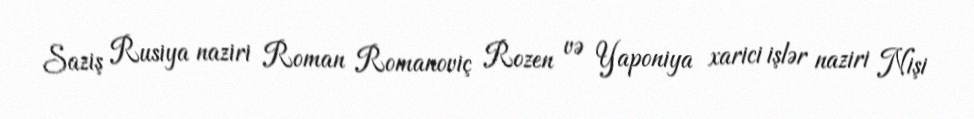
Saziş Rusiya naziri Roman Romanoviç Rozen və Yaponiya xarici işlər naziri Nişi